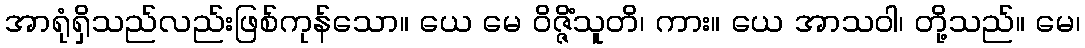
အာရုံရှိသည်လည်းဖြစ်ကုန်သော။ ယေ မေ ဝိဇ္ဇိံသူတိ၊ ကား။ ယေ အာသဝါ၊ တို့သည်။ မေ၊